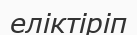
еліктіріп